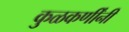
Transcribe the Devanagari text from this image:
कुळकर्णींनी